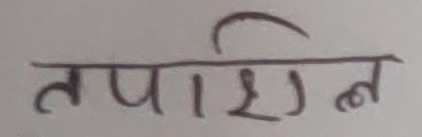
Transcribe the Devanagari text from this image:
तपशिल